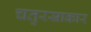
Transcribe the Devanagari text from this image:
चतुरस्राकार